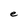
Character: e